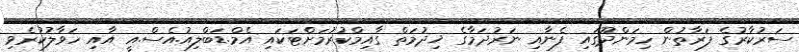
ސަރުކާރުގެ ފަރާތުން ހިމަންދޫގައި ފެނާއި ނަރުދަމާގެ ޚިދުމަތް ގާއިމްކުރުމަށްޓަކައި އެމް.ޑަބްލިއު.އެސް.އީ އާއި ހަވާލުކުރެވި